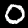
Label: 0